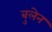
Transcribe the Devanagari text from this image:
बुलेन